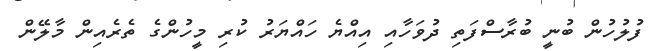
ފުލުހުން ބުނީ ބުރާސްފަތި ދުވަހާއި އިއްޔެ ހައްޔަރު ކުރި މީހުންގެ ތެރެއިން މާލޭން